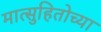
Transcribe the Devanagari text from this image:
मात्सुहितोच्या